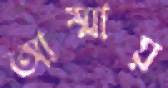
আম্মায়